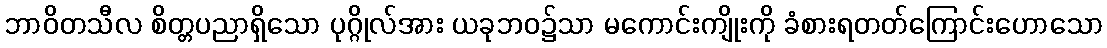
ဘာဝိတသီလ စိတ္တပညာရှိသော ပုဂ္ဂိုလ်အား ယခုဘဝ၌သာ မကောင်းကျိုးကို ခံစားရတတ်ကြောင်းဟောသော